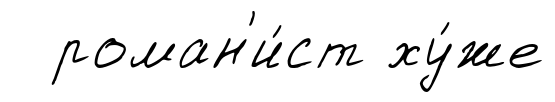
роман'и́ст ху́же